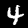
Label: 4